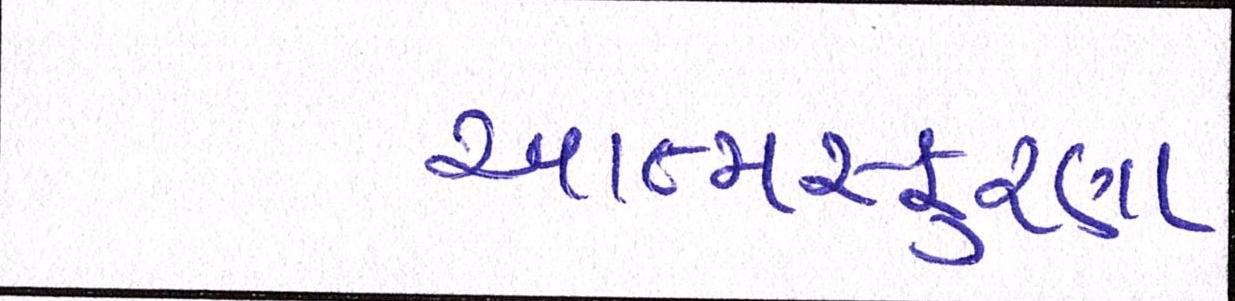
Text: આત્મસ્ફૂરણા